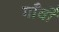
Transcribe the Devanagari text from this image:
गाँवोँ